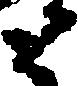
と